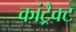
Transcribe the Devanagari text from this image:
कांट्रैक्ट